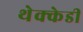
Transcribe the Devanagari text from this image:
थेक्केडी